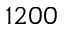
1 2 0 0